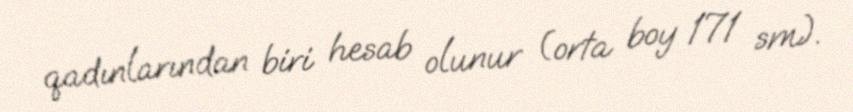
qadınlarından biri hesab olunur (orta boy 171 sm).